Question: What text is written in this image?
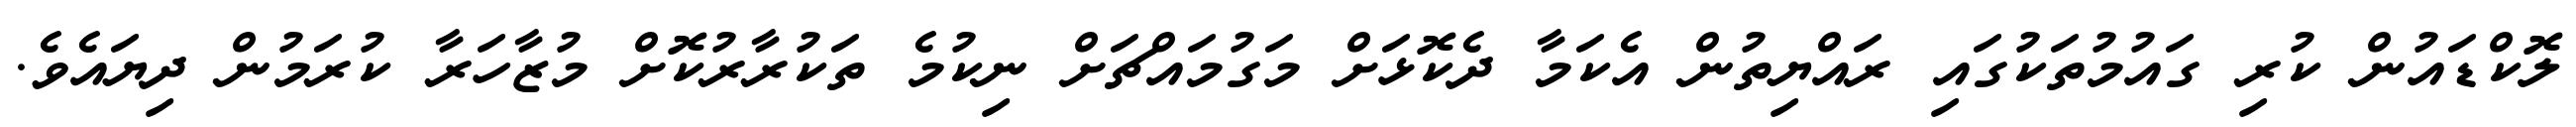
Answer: ލޮކްޑައުން ކުރި ގައުމުތަކުގައި ރައްޔިތުން އެކަމާ ދެކޮޅަށް މަގުމައްޗަށް ނިކުމެ ތަކުރާރުކޮށް މުޒާހަރާ ކުރަމުން ދިޔައެވެ.